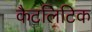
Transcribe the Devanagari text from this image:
कैटलिटिक